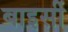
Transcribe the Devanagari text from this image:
बाइसीं